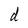
Character: d